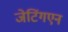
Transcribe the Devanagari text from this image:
जेटिंगएन